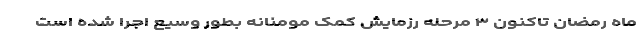
ماه رمضان تاکنون ۳ مرحله رزمایش کمک مومنانه بطور وسیع اجرا شده است